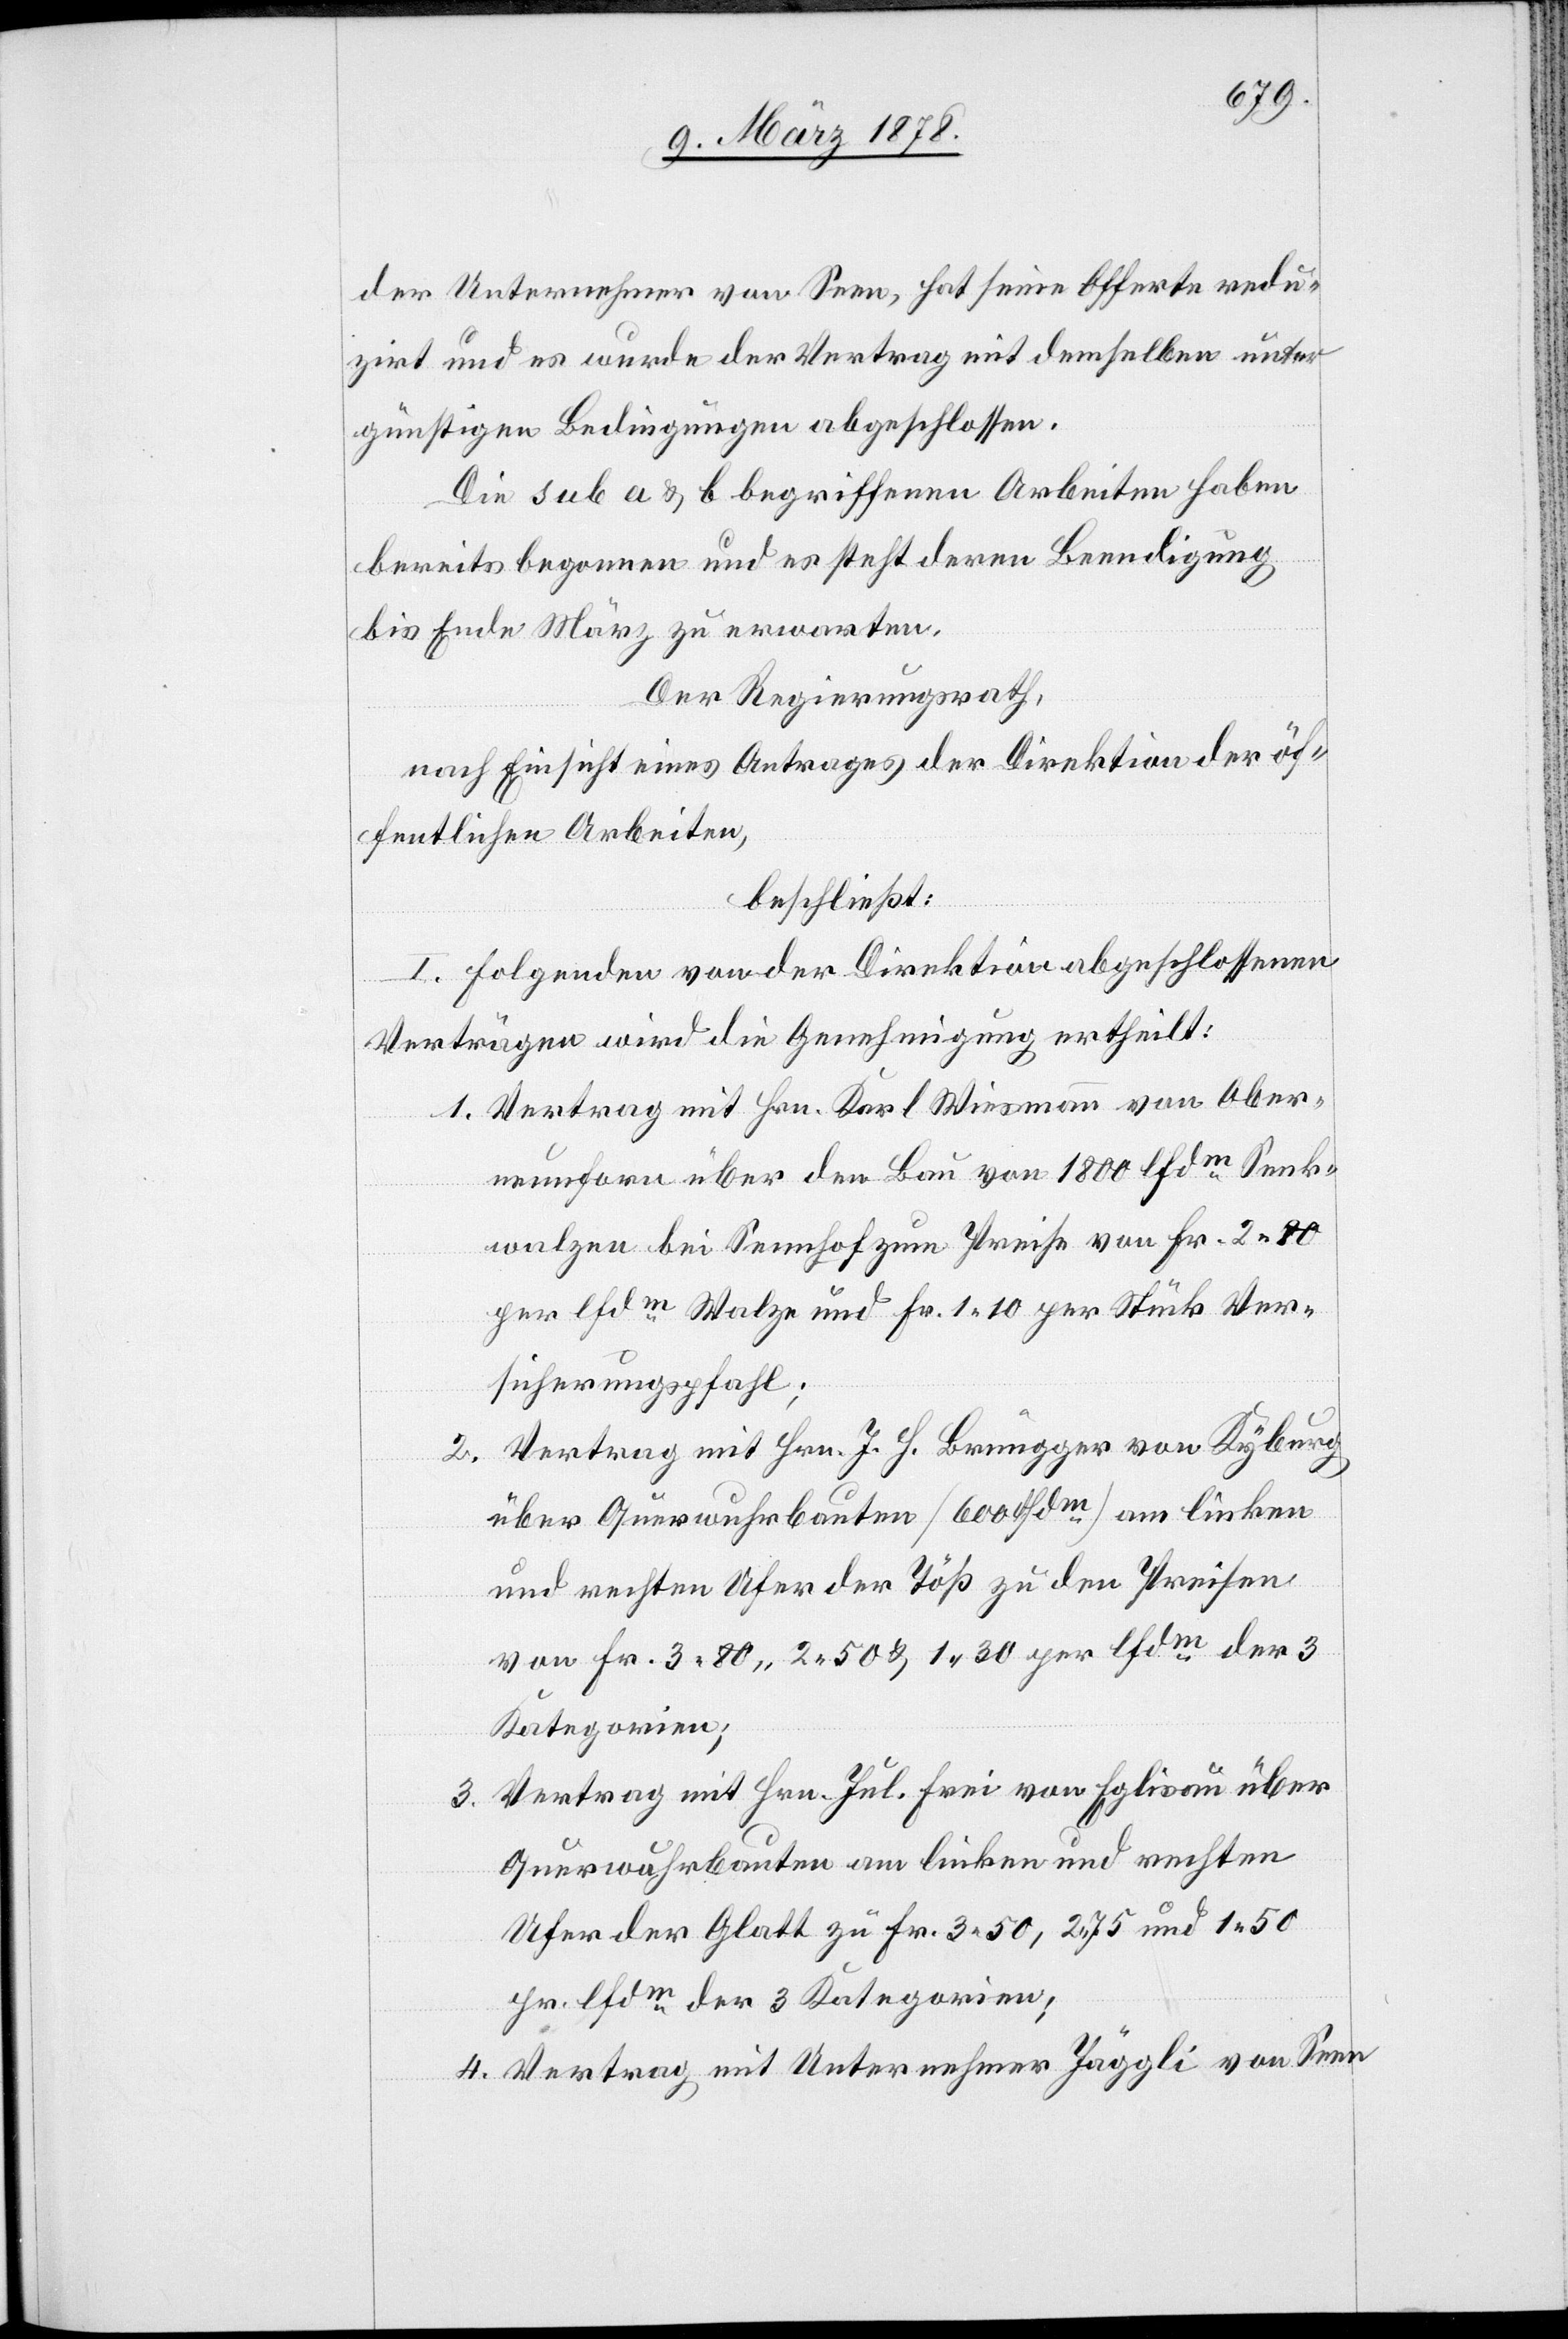
der Unternehmer von Seen, hat seine Offerte redu¬
zirt und es wurde der Vertrag mit demselben unter
günstigen Bedingungen abgeschlossen.
Die sub a & b begriffenen Arbeiten haben
bereits begonnen und es steht deren Beendigung
bis Ende März zu erwarten.
Der Regierungsrath,
nach Einsicht eines Antrages der Direktion der öf¬
fentlichen Arbeiten,
beschließt:
I. folgenden von der Direktion abgeschlossenen
Verträgen wird die Genehmigung ertheilt:
Vertrag mit Hrn. Karl Wiesmann von Ober¬
neunforn über den Bau von 1800lfdm Senk¬
walzen bei Sennhof zum Preise von Fr. 2. 80
per lfdm Walze und Fr. 1. 10 per Stück Ver¬
sicherungsfall;
Vertrag mit Hrn. J. H. Brügger von Kyburg
3.
über Querwuhrbauten (600lfdm) am linken
und rechten Ufer der Töß zu den Preisen
von Fr. 3. 80, 2. 50 & 1. 30 per lfdm der 3
Kategorien;
Vertrag mit Hrn. Jul. Frei von Eglisau über
Querwuhrbauten am linken und rechten
Ufer der Glatt zu Fr. 3.50, 2.75 und 1.50
pr. lfdm der 3 Kategorien;
Vertrag mit Unternehmer Jäggli von Seen